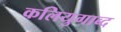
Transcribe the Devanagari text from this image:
कलियुगाब्द